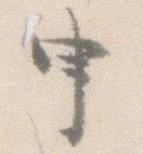
申